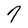
Character: 7